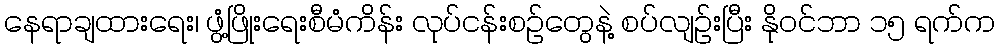
နေရာချထားရေး၊ ဖွံ့ဖြိုးရေးစီမံကိန်း လုပ်ငန်းစဉ်တွေနဲ့ စပ်လျဉ်းပြီး နိုဝင်ဘာ ၁၅ ရက်က